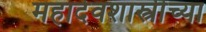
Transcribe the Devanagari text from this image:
महादेवशास्त्रींच्या